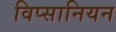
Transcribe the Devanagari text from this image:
विप्सानियन